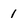
Character: 1